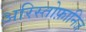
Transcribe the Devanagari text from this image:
अरिस्तोफ़ानिज